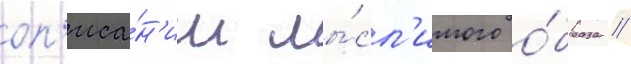
оп'иса́н'ии мы́сл'имого о́браза //